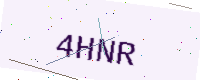
Text: 4HNR